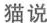
猫说